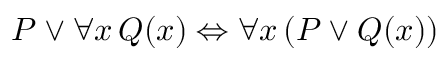
P \lor \forall x \, Q ( x ) \Leftrightarrow \forall x \, ( P \lor Q ( x ) )